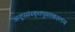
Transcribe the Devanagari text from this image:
अनूपसंस्कृतपुस्तकालय